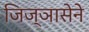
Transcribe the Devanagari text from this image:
जिज्ञासेने